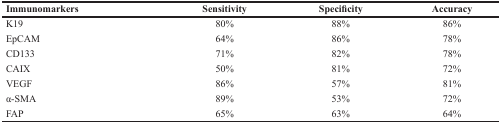
| Immunomarkers | Sensitivity | Specificity | Accuracy |
 | --- | --- | --- | --- |
 | K19 | 80% | 88% | 86% |
 | EpCAM | 64% | 86% | 78% |
 | CD133 | 71% | 82% | 78% |
 | CAIX | 50% | 81% | 72% |
 | VEGF | 86% | 57% | 81% |
 | α-SMA | 89% | 53% | 72% |
 | FAP | 65% | 63% | 64% |